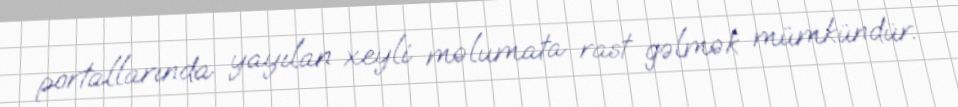
portallarında yayılan xeyli məlumata rast gəlmək mümkündür.